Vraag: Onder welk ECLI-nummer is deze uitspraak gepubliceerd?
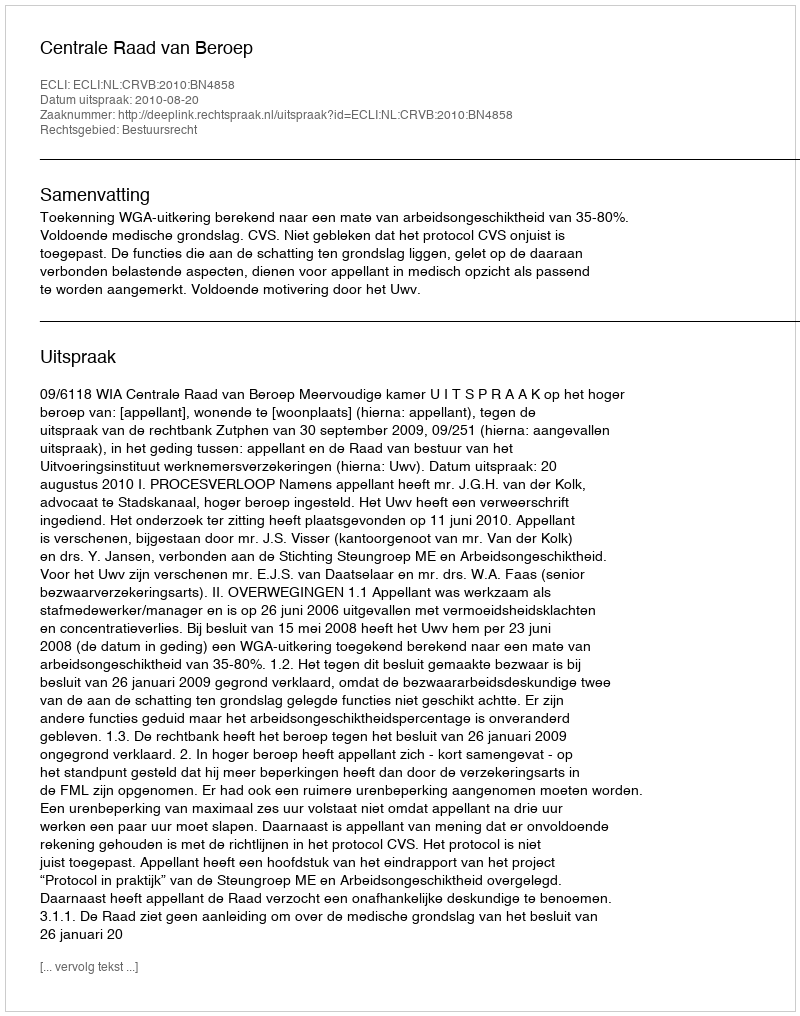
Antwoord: ECLI:NL:CRVB:2010:BN4858